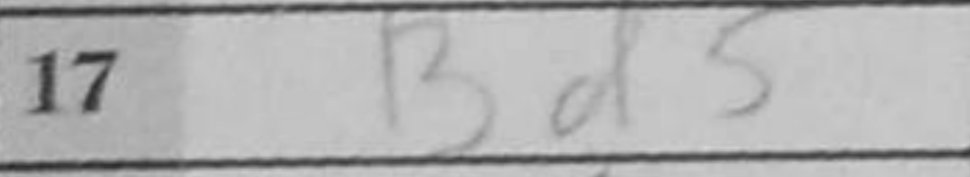
Transcription: Bd5